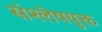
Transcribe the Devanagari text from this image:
संश्लेषयुक्त